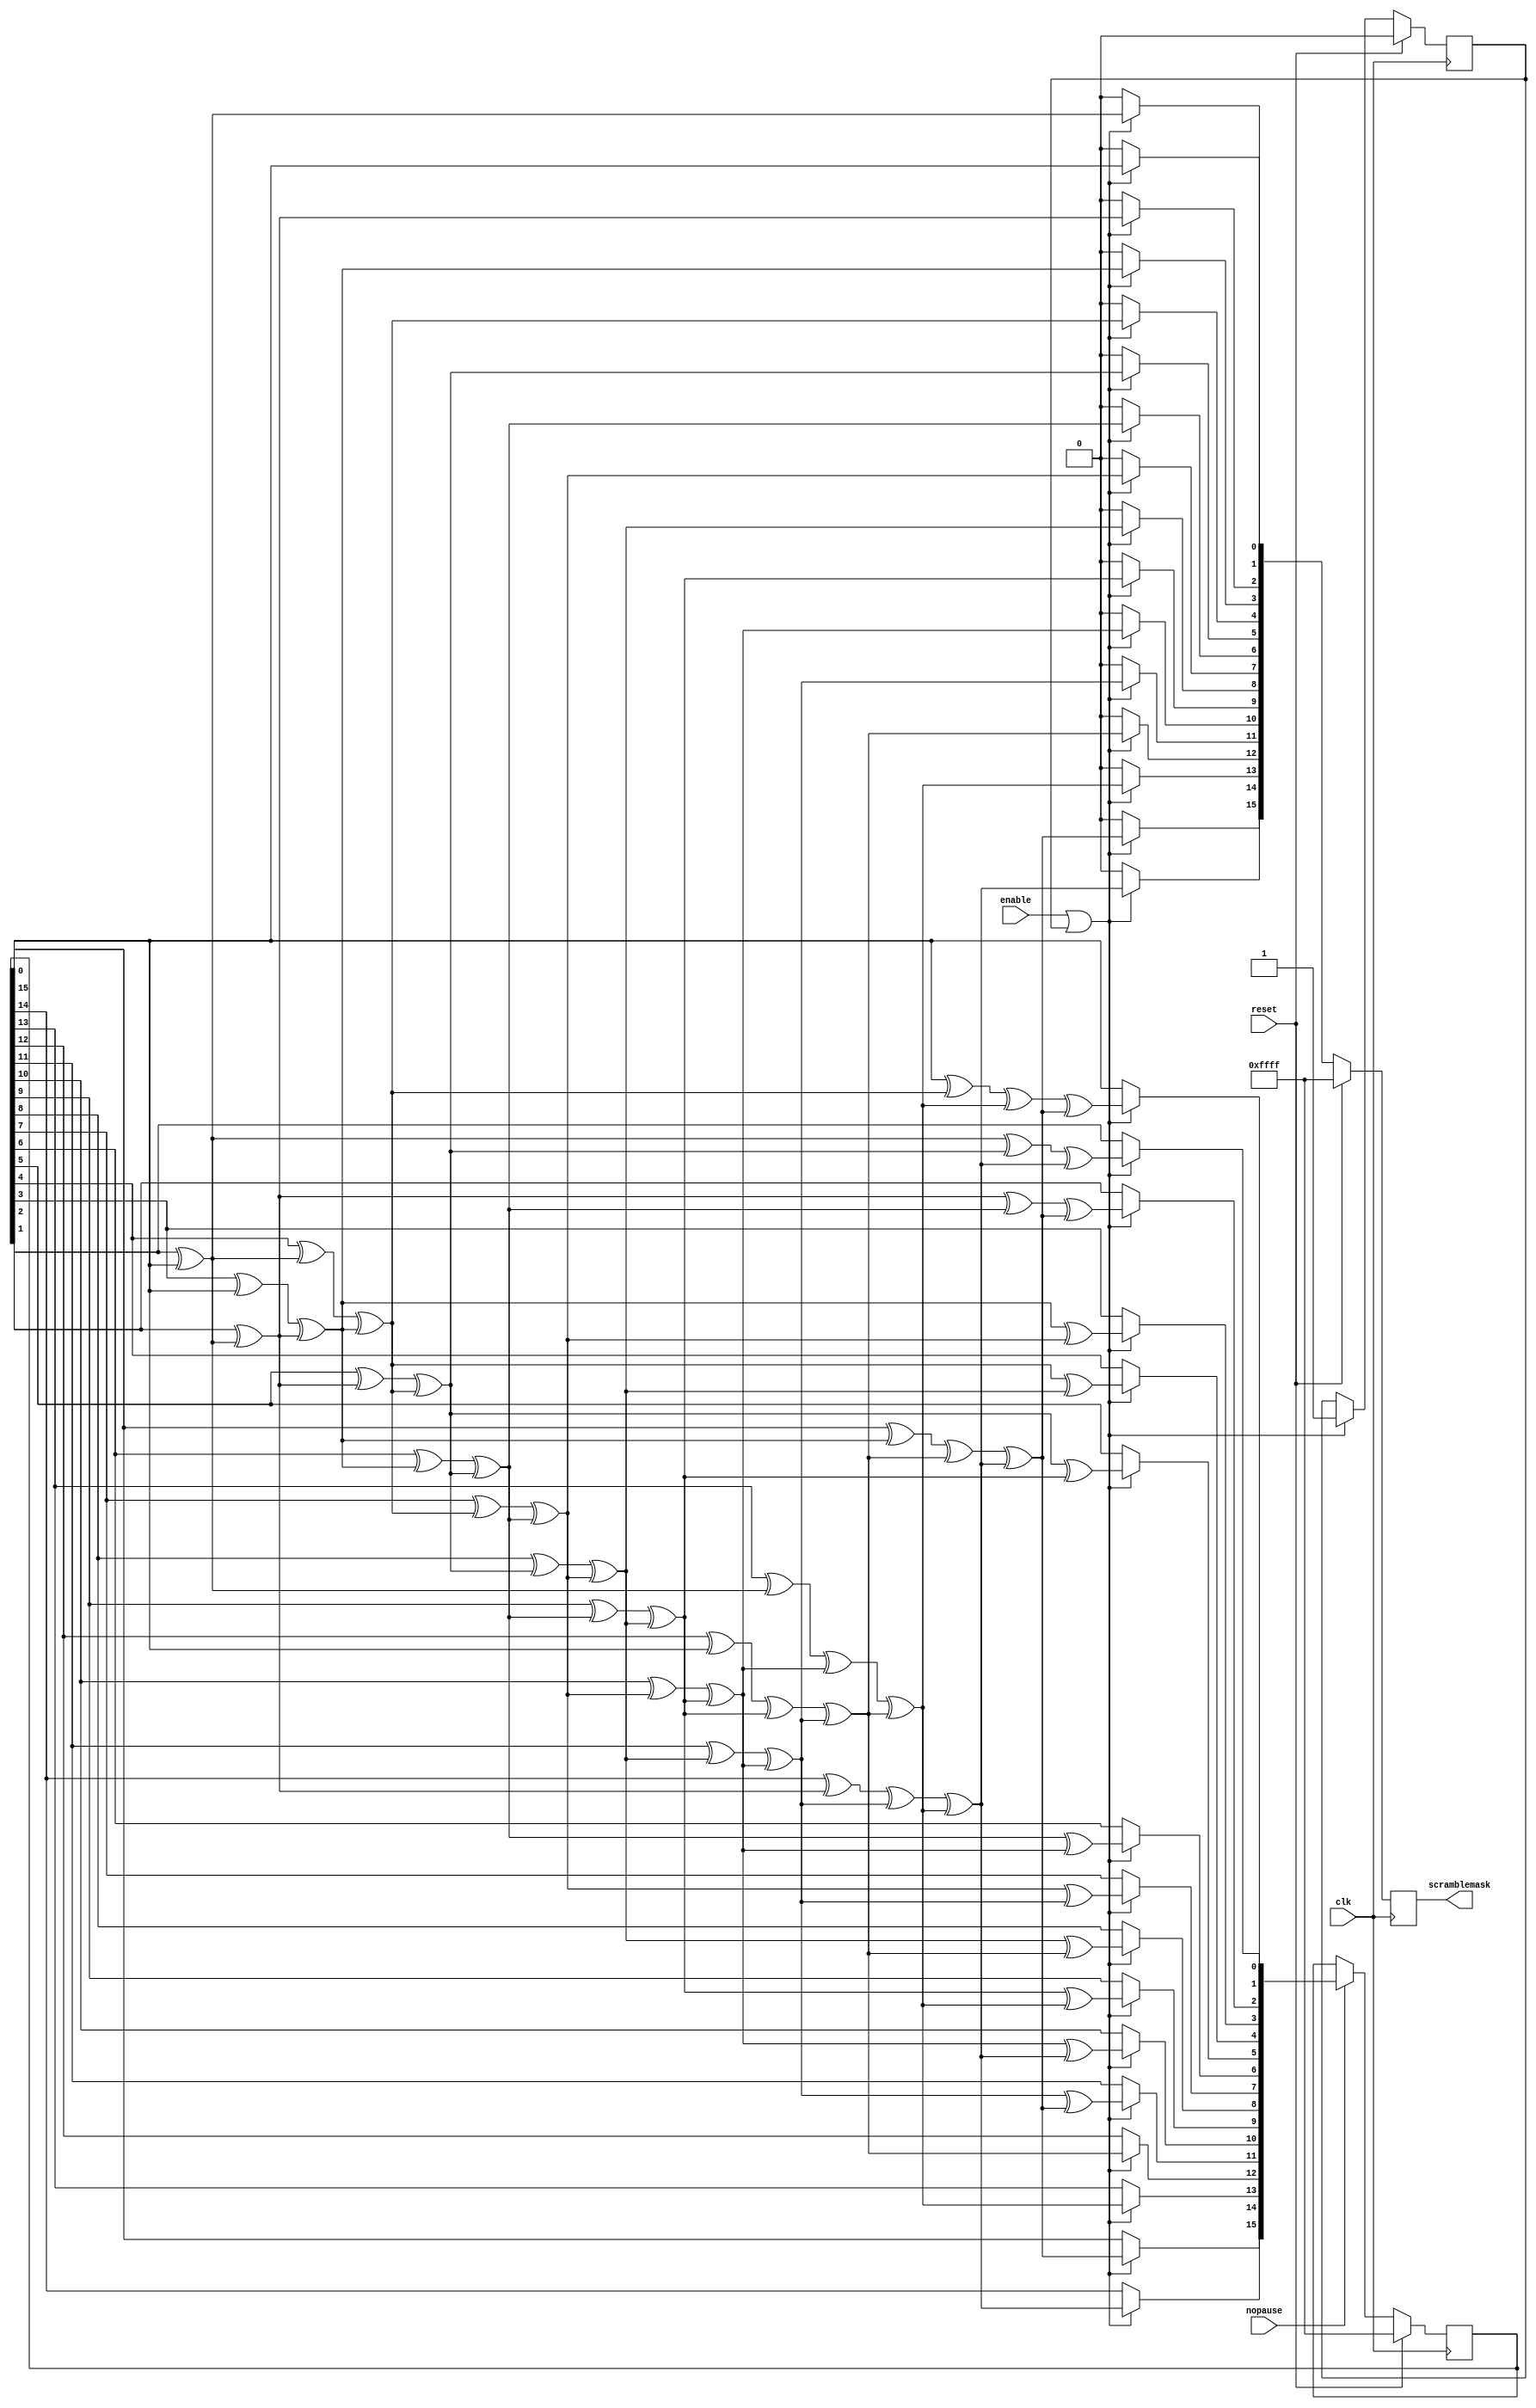
//Microsoft Research License Agreement
//Non-Commercial Use Only
// SATA core
//_____________________________________________________________________
//
//This Microsoft Research License Agreement, including all exhibits ("MSR-LA") is a legal agreement between you and Microsoft Corporation (?Microsoft? or ?we?) for the software or data identified above, which may include source code, and any associated materials, text or speech files, associated media and "online" or electronic documentation and any updates we provide in our discretion (together, the "Software"). 
//
//By installing, copying, or otherwise using this Software, found at http://research.microsoft.com/downloads, you agree to be bound by the terms of this MSR-LA.  If you do not agree, do not install copy or use the Software. The Software is protected by copyright and other intellectual property laws and is licensed, not sold.    
//
//SCOPE OF RIGHTS:
//You may use, copy, reproduce, and distribute this Software for any non-commercial purpose, subject to the restrictions in this MSR-LA. Some purposes which can be non-commercial are teaching, academic research, public demonstrations and personal experimentation. You may also distribute this Software with books or other teaching materials, or publish the Software on websites, that are intended to teach the use of the Software for academic or other non-commercial purposes.
//You may not use or distribute this Software or any derivative works in any form for commercial purposes. Examples of commercial purposes would be running business operations, licensing, leasing, or selling the Software, distributing the Software for use with commercial products, using the Software in the creation or use of commercial products or any other activity which purpose is to procure a commercial gain to you or others.
//If the Software includes source code or data, you may create derivative works of such portions of the Software and distribute the modified Software for non-commercial purposes, as provided herein.  
//If you distribute the Software or any derivative works of the Software, you will distribute them under the same terms and conditions as in this license, and you will not grant other rights to the Software or derivative works that are different from those provided by this MSR-LA. 
//If you have created derivative works of the Software, and distribute such derivative works, you will cause the modified files to carry prominent notices so that recipients know that they are not receiving the original Software. Such notices must state: (i) that you have changed the Software; and (ii) the date of any changes.
//
//In return, we simply require that you agree: 
//1. That you will not remove any copyright or other notices from the Software.
//2. That if any of the Software is in binary format, you will not attempt to modify such portions of the Software, or to reverse engineer or decompile them, except and only to the extent authorized by applicable law. 
//3. That Microsoft is granted back, without any restrictions or limitations, a non-exclusive, perpetual, irrevocable, royalty-free, assignable and sub-licensable license, to reproduce, publicly perform or display, install, use, modify, post, distribute, make and have made, sell and transfer your modifications to and/or derivative works of the Software source code or data, for any purpose.  
//4. That any feedback about the Software provided by you to us is voluntarily given, and Microsoft shall be free to use the feedback as it sees fit without obligation or restriction of any kind, even if the feedback is designated by you as confidential. 
//5.  THAT THE SOFTWARE COMES "AS IS", WITH NO WARRANTIES. THIS MEANS NO EXPRESS, IMPLIED OR STATUTORY WARRANTY, INCLUDING WITHOUT LIMITATION, WARRANTIES OF MERCHANTABILITY OR FITNESS FOR A PARTICULAR PURPOSE, ANY WARRANTY AGAINST INTERFERENCE WITH YOUR ENJOYMENT OF THE SOFTWARE OR ANY WARRANTY OF TITLE OR NON-INFRINGEMENT. THERE IS NO WARRANTY THAT THIS SOFTWARE WILL FULFILL ANY OF YOUR PARTICULAR PURPOSES OR NEEDS. ALSO, YOU MUST PASS THIS DISCLAIMER ON WHENEVER YOU DISTRIBUTE THE SOFTWARE OR DERIVATIVE WORKS.
//6.  THAT NEITHER MICROSOFT NOR ANY CONTRIBUTOR TO THE SOFTWARE WILL BE LIABLE FOR ANY DAMAGES RELATED TO THE SOFTWARE OR THIS MSR-LA, INCLUDING DIRECT, INDIRECT, SPECIAL, CONSEQUENTIAL OR INCIDENTAL DAMAGES, TO THE MAXIMUM EXTENT THE LAW PERMITS, NO MATTER WHAT LEGAL THEORY IT IS BASED ON. ALSO, YOU MUST PASS THIS LIMITATION OF LIABILITY ON WHENEVER YOU DISTRIBUTE THE SOFTWARE OR DERIVATIVE WORKS.
//7.  That we have no duty of reasonable care or lack of negligence, and we are not obligated to (and will not) provide technical support for the Software.
//8.  That if you breach this MSR-LA or if you sue anyone over patents that you think may apply to or read on the Software or anyone's use of the Software, this MSR-LA (and your license and rights obtained herein) terminate automatically.  Upon any such termination, you shall destroy all of your copies of the Software immediately.  Sections 3, 4, 5, 6, 7, 8, 11 and 12 of this MSR-LA shall survive any termination of this MSR-LA.
//9.  That the patent rights, if any, granted to you in this MSR-LA only apply to the Software, not to any derivative works you make.
//10. That the Software may be subject to U.S. export jurisdiction at the time it is licensed to you, and it may be subject to additional export or import laws in other places.  You agree to comply with all such laws and regulations that may apply to the Software after delivery of the software to you.
//11. That all rights not expressly granted to you in this MSR-LA are reserved.
//12. That this MSR-LA shall be construed and controlled by the laws of the State of Washington, USA, without regard to conflicts of law.  If any provision of this MSR-LA shall be deemed unenforceable or contrary to law, the rest of this MSR-LA shall remain in full effect and interpreted in an enforceable manner that most nearly captures the intent of the original language. 
//----------------------------------------------------------------------------

/* ---------------------------------------------------------------------------
 * Project       : Groundhog : A Serial ATA Host Bus Adapter (HBA) for FPGAs
 * Module        : Link
 * Last Update   : March 15 2012
 * ---------------------------------------------------------------------------
 * Description   : FIS Scrambler Module: G(x) = x^16+x^15+x^13+x^4+1
 * ------------------------------------------------------------------------- */

`timescale 1 ns / 1 ps

module Scrambler
  (
   input             clk,
   input             reset,
   input             enable,
   input             nopause,
   output reg [15:0] scramblemask
   );

   reg [15:0]        current_scramblemask;
   reg [15:0]        tmp_scramblemask;
   reg [15:0]        result;
   reg               enable_r;
   reg               x16;
   integer           i;
   
   initial begin
      scramblemask         = 16'hFFFF;
      current_scramblemask = 16'hFFFF;
      enable_r             = 0;
   end

   always @(posedge clk) begin
      
      if(reset) begin
         
         // initialize scrambler to 0xFFFF   

         scramblemask         <= 16'hFFFF;
         current_scramblemask <= 16'hFFFF;
         enable_r             <= 0;
         
      end
      
      else begin

         tmp_scramblemask = current_scramblemask;
         result           = 16'h0000;

         if (enable || enable_r) begin
            
            enable_r <= 1;

            // shift 16 times
            for(i=0; i<16; i=i+1) begin

               // get output of LFSR
               x16 = tmp_scramblemask[0];

               // compute G(x) = x^16+x^15+x^13+x^4+1
               tmp_scramblemask[0]  = tmp_scramblemask[1] ^ x16; // x^15 xor x^16
               tmp_scramblemask[1]  = tmp_scramblemask[2];
               tmp_scramblemask[2]  = tmp_scramblemask[3] ^ x16; // x^13 xor x^16
               tmp_scramblemask[3]  = tmp_scramblemask[4];
               tmp_scramblemask[4]  = tmp_scramblemask[5];
               tmp_scramblemask[5]  = tmp_scramblemask[6];
               tmp_scramblemask[6]  = tmp_scramblemask[7];
               tmp_scramblemask[7]  = tmp_scramblemask[8];
               tmp_scramblemask[8]  = tmp_scramblemask[9];
               tmp_scramblemask[9]  = tmp_scramblemask[10];
               tmp_scramblemask[10] = tmp_scramblemask[11];
               tmp_scramblemask[11] = tmp_scramblemask[12] ^ x16;// x^4 xor x^16
               tmp_scramblemask[12] = tmp_scramblemask[13];
               tmp_scramblemask[13] = tmp_scramblemask[13];
               tmp_scramblemask[13] = tmp_scramblemask[14];
               tmp_scramblemask[14] = tmp_scramblemask[15];
               tmp_scramblemask[15] = x16; // x^16

               // shift x^16 into result
               result[0]  = result[1];
               result[1]  = result[2];
               result[2]  = result[3];
               result[3]  = result[4];
               result[4]  = result[5];
               result[5]  = result[6];
               result[6]  = result[7];
               result[7]  = result[8];
               result[8]  = result[9];
               result[9]  = result[10];
               result[10] = result[11];
               result[11] = result[12];
               result[12] = result[13];
               result[13] = result[14];
               result[14] = result[15];
               result[15] = x16; // x^16

            end
         end

         if (nopause) begin
            current_scramblemask <= tmp_scramblemask;
         end
         
         scramblemask <= result; 
      end
   end
endmodule